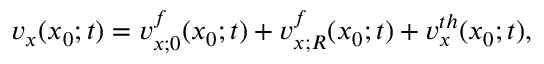
\begin{array} { r } { v _ { x } ( x _ { 0 } ; t ) = v _ { x ; 0 } ^ { f } ( x _ { 0 } ; t ) + v _ { x ; R } ^ { f } ( x _ { 0 } ; t ) + v _ { x } ^ { t h } ( x _ { 0 } ; t ) , } \end{array}